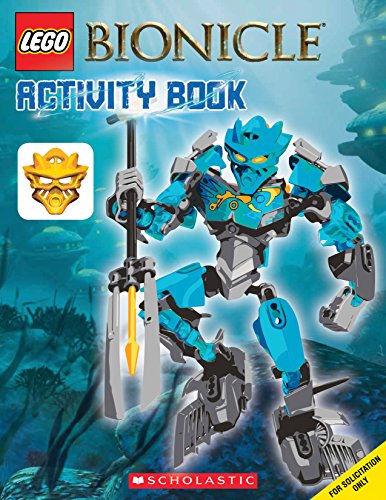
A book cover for Quest for the Masks of Power (LEGO Bionicle: Activity Book #1); Ameet Studio; Children's Books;